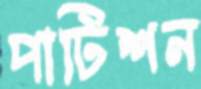
পাটিশন